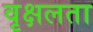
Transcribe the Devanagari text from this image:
वृक्षलता